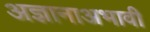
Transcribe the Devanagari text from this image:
अज्ञानाअभावी